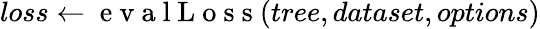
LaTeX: loss\gets\mathrm{~e~v~a~l~L~o~s~s~}(tree,dataset,options)